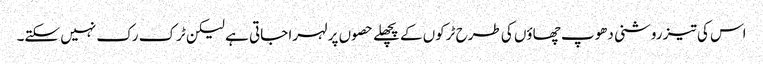
اس کی تیز روشنی دھوپ چھاؤں کی طرح ٹرکوں کے پچھلے حصوں پر لہرا جاتی ہے لیکن ٹرک رک نہیں سکتے۔